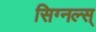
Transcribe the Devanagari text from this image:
सिग्नल्स्